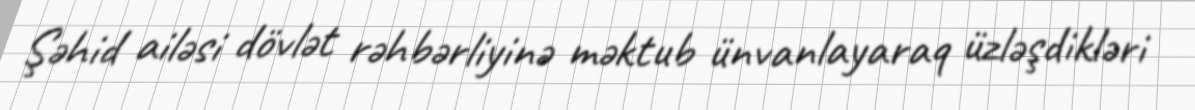
Şəhid ailəsi dövlət rəhbərliyinə məktub ünvanlayaraq üzləşdikləri